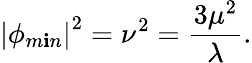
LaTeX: \left|\phi_{m\mathbf{i}n}\right|^{2}=\nu^{2}=\frac{{3\mu^{2}}}{{\lambda}}.